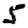
Digit: 5